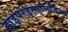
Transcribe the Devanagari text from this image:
हाइपरइन्सुलिनिज्म